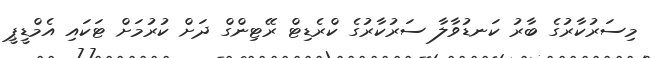
މިސަރުކާރުގެ ބާރު ކަނޑުވާލާ ސަރުކާރުގެ ކްރެޑިޓް ރޭޓިންގް ދަށް ކުރުމަށް ޓަކައި އެމްޑީޕީ